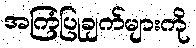
အကြံပြုချက်များကို